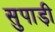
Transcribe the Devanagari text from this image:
सुपाड़ी